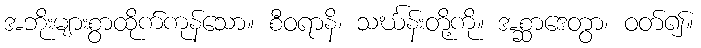
အဘိုးများစွာထိုက်ကုန်သော။ စီဝရာနိ၊ သင်္ဃန်းတို့ကို။ အစ္ဆာဒေတွာ၊ ဝတ်၍။